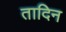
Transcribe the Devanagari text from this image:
तादिन